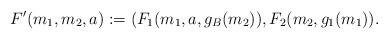
LaTeX: \begin{align*}F'(m_1, m_2, a):= (F_1(m_1, a, g_B(m_2)), F_2 (m_2, g_1(m_1)).\end{align*}